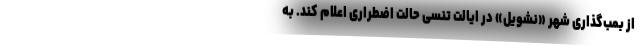
از بمب‌گذاری شهر «نشویل» در ایالت تنسی حالت اضطراری اعلام کند. به